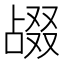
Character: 𫧴